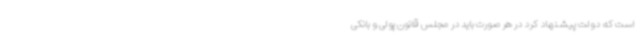
است که دولت پیشنهاد کرد در هر صورت باید در مجلس قانون پولی و بانکی